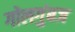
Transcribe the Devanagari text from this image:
गोलगुंबज